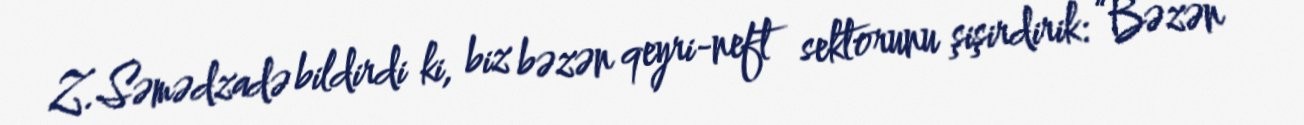
Z.Səmədzadə bildirdi ki, biz bəzən qeyri-neft sektorunu şişirdirik: “Bəzən